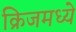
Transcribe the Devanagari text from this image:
क्रिजमध्ये